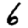
Digit: 6